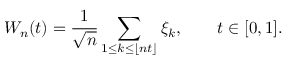
W _ { n } ( t ) = { \frac { 1 } { \sqrt { n } } } \sum _ { 1 \leq k \leq \lfloor n t \rfloor } \xi _ { k } , \qquad t \in [ 0 , 1 ] .